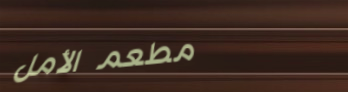
مطعم الأمل